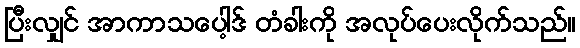
ပြီးလျှင် အာကာသပေါ့ဒ် တံခါးကို အလုပ်ပေးလိုက်သည်။